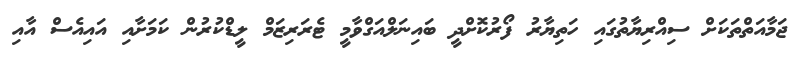
ޖަމާއަތްތަކަށް ސިއްރިޔާތުގައި ހަތިޔާރު ފޯރުކޮށްދީ ބައިނަލްއަގްވާމީ ޓެރަރިޒަމް ލީޑްކުރުން ކަމަށާއި އައިއެސް އާއި